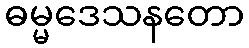
ဓမ္မဒေသနတော